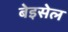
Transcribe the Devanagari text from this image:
बेइसेल